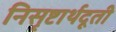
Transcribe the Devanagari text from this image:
निसृष्टार्थदूती